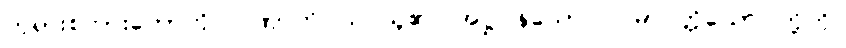
ဘုရားစကားတော်ကို။ ဂဏှာတိ၊ သင်ယူ၏။ အဋ္ဌ၊ န်သော။ သမာပတ္တိယော၊ တို့ကို။